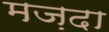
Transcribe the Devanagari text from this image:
मज़दा